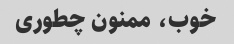
خوب، ممنون چطوری